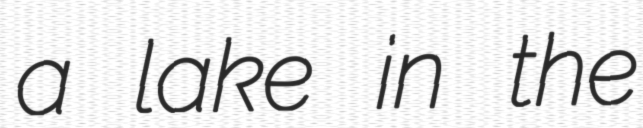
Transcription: a lake in the